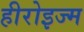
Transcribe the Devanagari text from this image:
हीरोइज्म